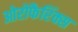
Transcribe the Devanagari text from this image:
ओरोफैरिंक्स